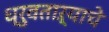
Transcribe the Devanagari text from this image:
ध्रुवताऱ्याचे